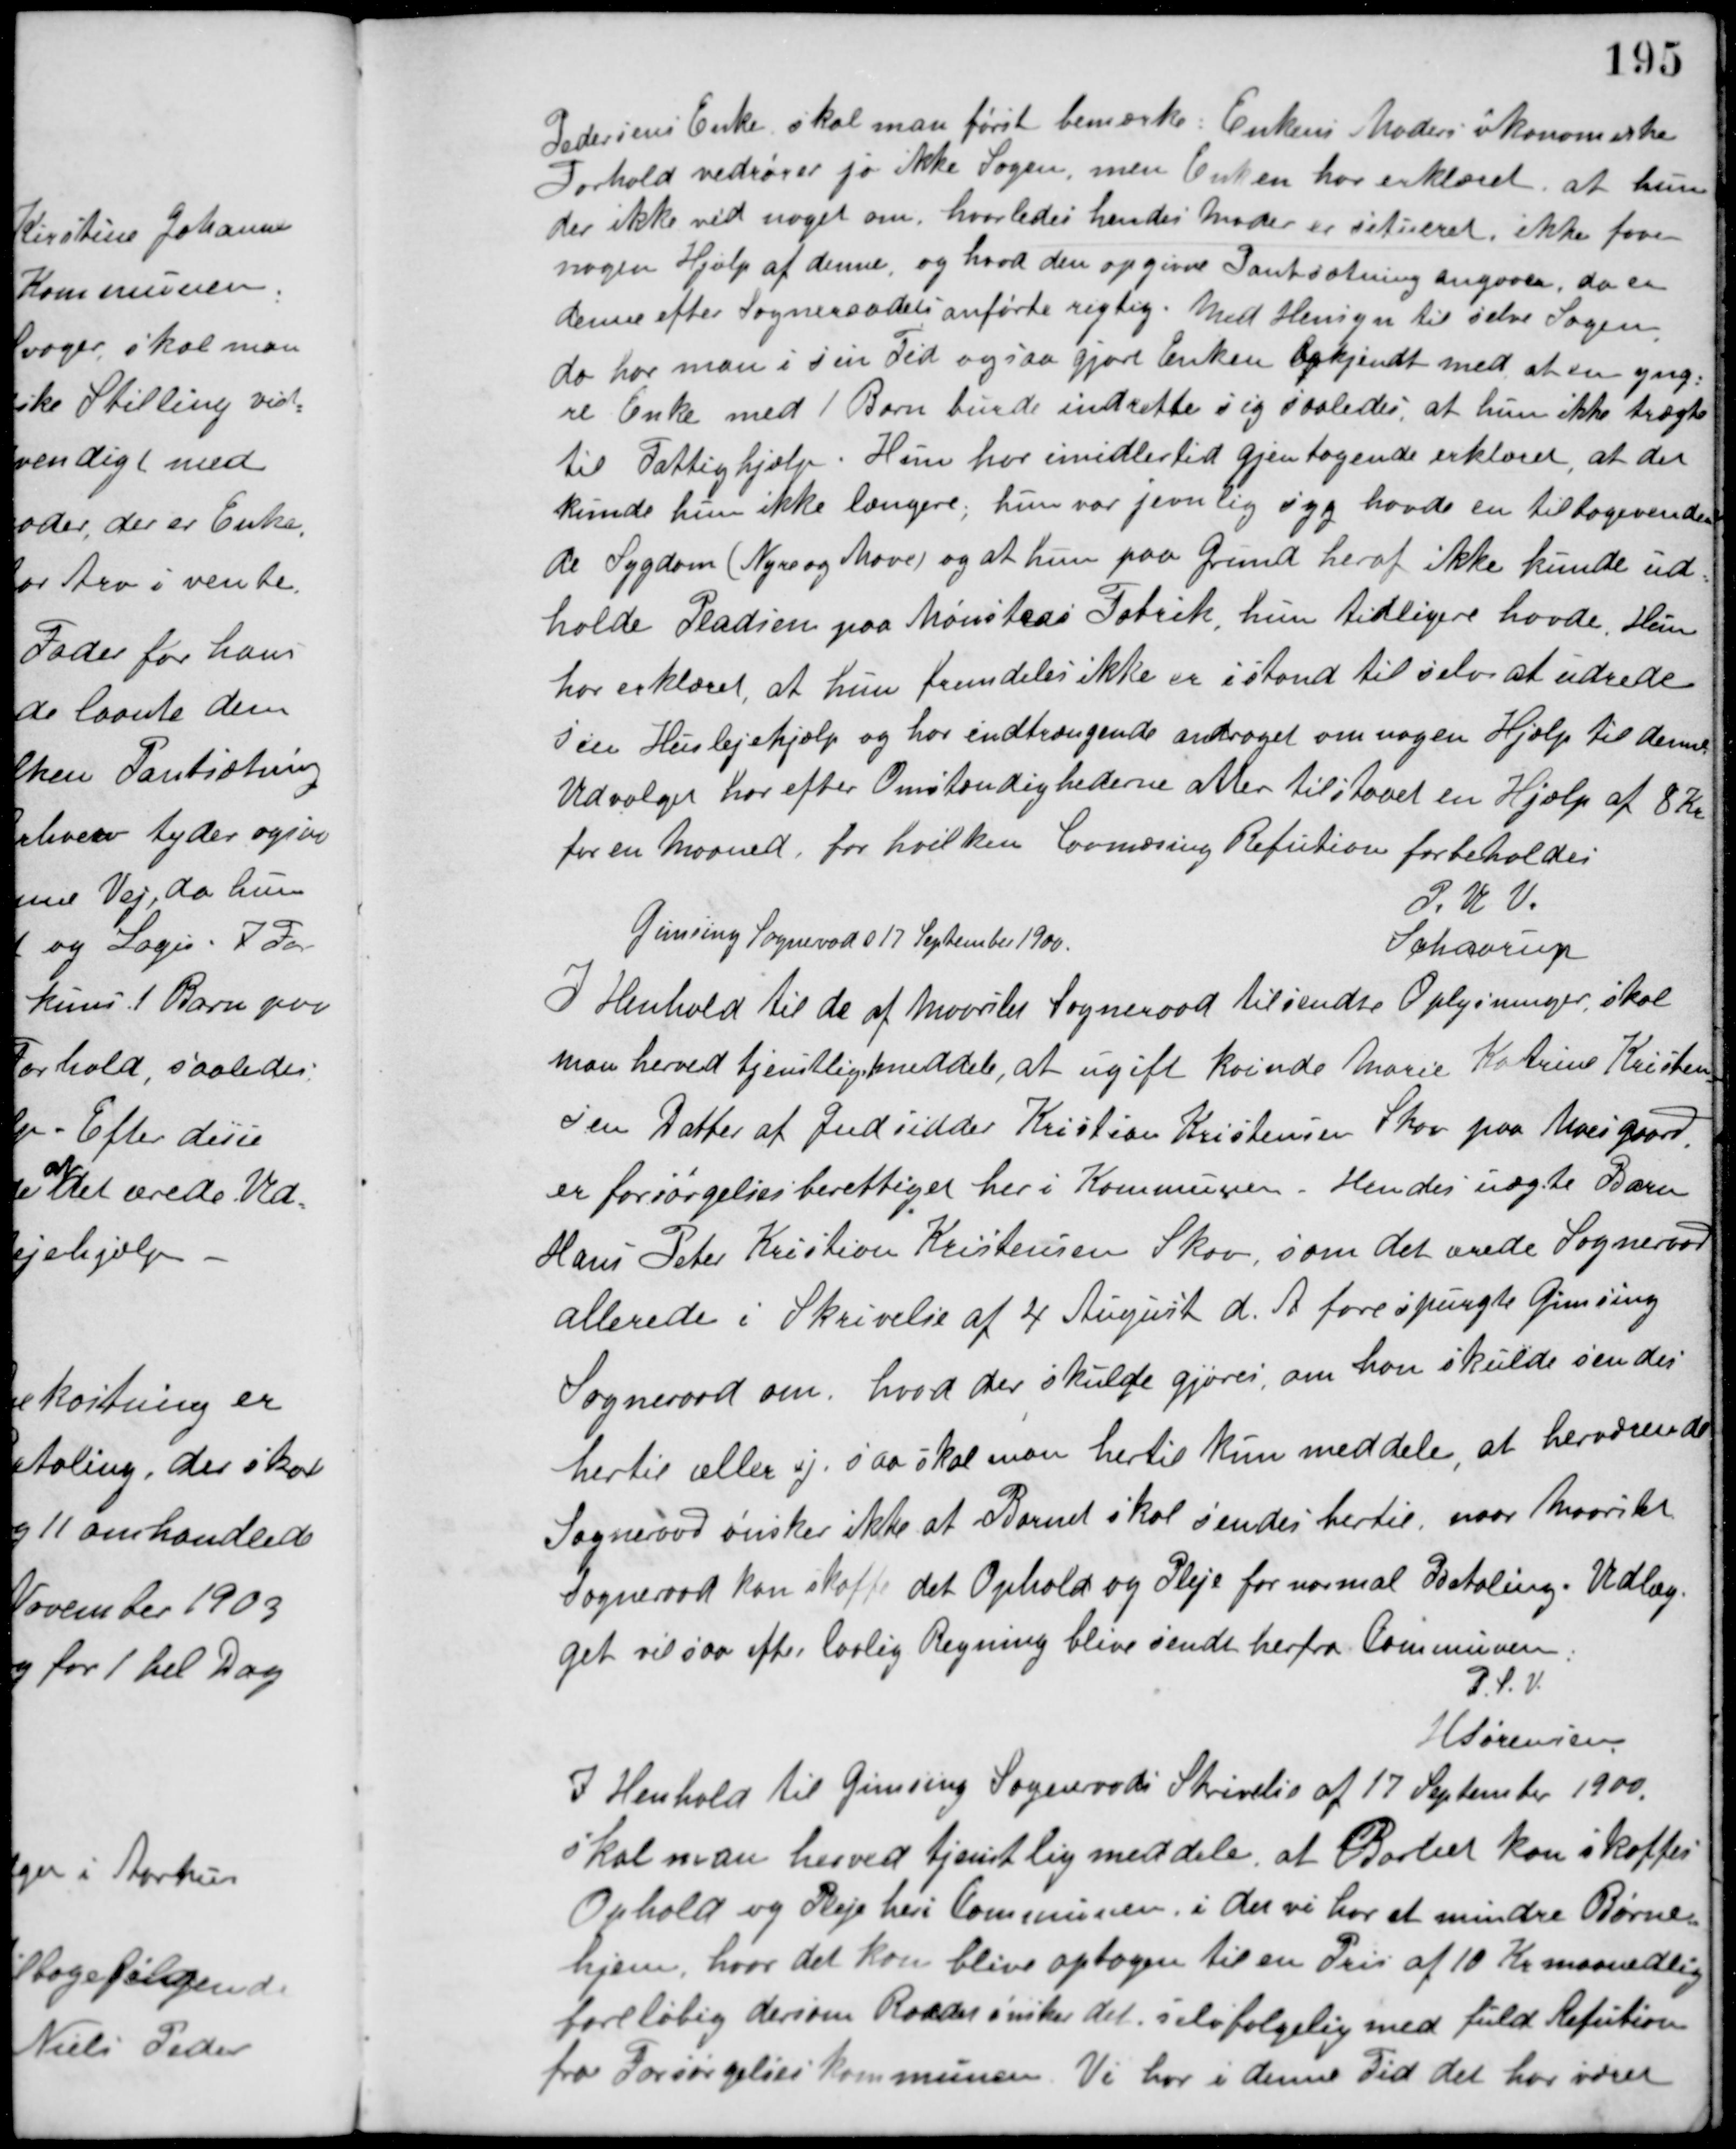
Transskription:
Pedersens Enke skal man først bemærke: Enkens Moders økonomiske
Forhold vedrører jo ikke Sagen, men Enken har erklæret, at hun
der ikke ved noget om, hvorledes hendes Moder er situeret, ikke faar
nogen Hjælp af denne, og hvad den opgivne Pantsætning angaaer, da er
denne efter Sogneraadets anførte rigtig. Med Hensyn til selve Sagen,
da har man i sin Tid ogsaa gjort Enken bekjendt med at en yng-
re Enke med 1 Barn burde indrette sig saaledes, at hun ikke trægte
til Fattighjælp. Hun har imidlertid gjentagende erklæret, at det
kunde hun ikke længere, hun var jevnlig syg havde en tilbagevenden-
de Sygdom (Nyre og Mave) og at hun paa Grund heraf ikke kunde ud-
holde Pladsen paa Mønsteds Fabrik, hun tidligere havde. Hun
har erklæret, at hun fremdeles ikke er istand til selv at udrede
sin Huslejehjælp og har indtrængende andraget om nogen Hjælp til denne.
Udvalget har efter Omstændighederne atter tilstaaet en Hjælp af 8 Kr.
for en Maaned, for hvilken lovmæsing Refution forbeholdes.
P. U. V.
Schaarup
Gimsing Sognerad d 17 September 1900.
I Henhold til de af Maarslet Sogneraad tilsendte Oplysninger, skal
man herved tjenstlig meddele, at ugift kvinde Marie Katrine Kristen-
sen Datter af Indsidder Kristian Kristensen Skov paa Moesgaard,
er forsørgelsesberettiget her i Kommunen. Hendes uægte Barn
Hans Peter Kristian Kristensen Skov, som det ærede Sogneraad
allerede i Skrivelse af 4 August d. A. forespurgte Gimsing
Sogneraad om, hvad der skulde gjøres, om han skulde sendes
hertil eller ej, saa skal man hertil kun meddele, at herværende
Sogneraad ønsker ikke at Barnet skal sendes hertil, naar Maarslet
Sogneraad kan skaffe det Ophold og Pleje for normal Betaling. Udlæg-
get vil saa efter lovlig Regning blive sendt herfra Communen.
P. S. V.
H. Sørensen
I Henhold til Gimsing Sognerads Skrivelse af 17 September 1900.
skal man herved tjenstlig meddele, at Barnet kan skaffes
Ophold og Pleje heri Communen i det vi har et mindre Børne-
hjem, hvor det kan blive optagen til en Pris af 10 Kr. maanedlig
foreløbig dersom Raadet ønsker det selvfølgelig med fuld Refution
fra Forsørgelseskommunen. Vi har i denne Tid det har været